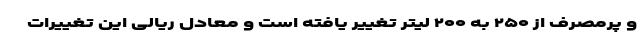
و پرمصرف از ۲۵۰ به ۲۰۰ لیتر تغییر یافته است و معادل ریالی این تغییرات